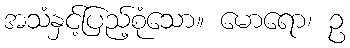
အသံနှင့်ပြည့်စုံသော။ မောရော၊ ဥ